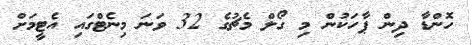
ހޮންޑާ ދިން ޕާހަކުން މި ގޯލް މެޗުގެ 32 ވަނަ މިނެޓްގައި އެޓީމަށް